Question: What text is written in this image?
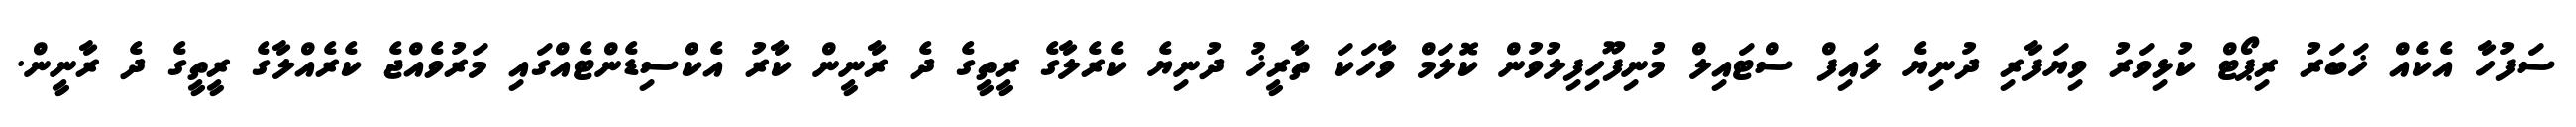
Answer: ސަފުހާ އެކެއް ޚަބަރު ރިޕޯޓް ކުޅިވަރު ވިޔަފާރި ދުނިޔެ ލައިފް ސްޓައިލް މުނިފޫހިފިލުވުން ކޮލަމް ވާހަކަ ތާރީޚު ދުނިޔެ ކެރެލާގެ ރީތީގެ ދެ ރާނީން ކާރު އެކްސިޑެންޓެއްގައި މަރުވެއްޖެ ކެރެއްލާގެ ރީތީގެ ދެ ރާނީން.